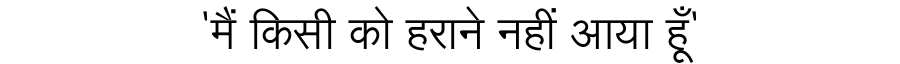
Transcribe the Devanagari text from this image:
'मैं किसी को हराने नहीं आया हूँ'